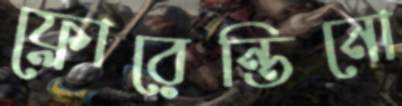
ফ্লোরেন্তিনো